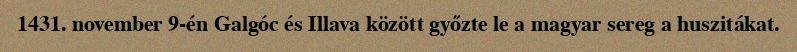
1431. november 9-én Galgóc és Illava között győzte le a magyar sereg a huszitákat.